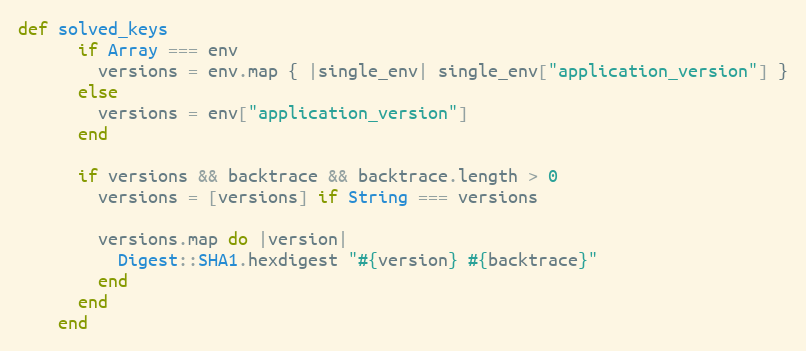
Language: Ruby
def solved_keys
      if Array === env
        versions = env.map { |single_env| single_env["application_version"] }
      else
        versions = env["application_version"]
      end

      if versions && backtrace && backtrace.length > 0
        versions = [versions] if String === versions

        versions.map do |version|
          Digest::SHA1.hexdigest "#{version} #{backtrace}"
        end
      end
    end